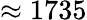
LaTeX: \approx 1735